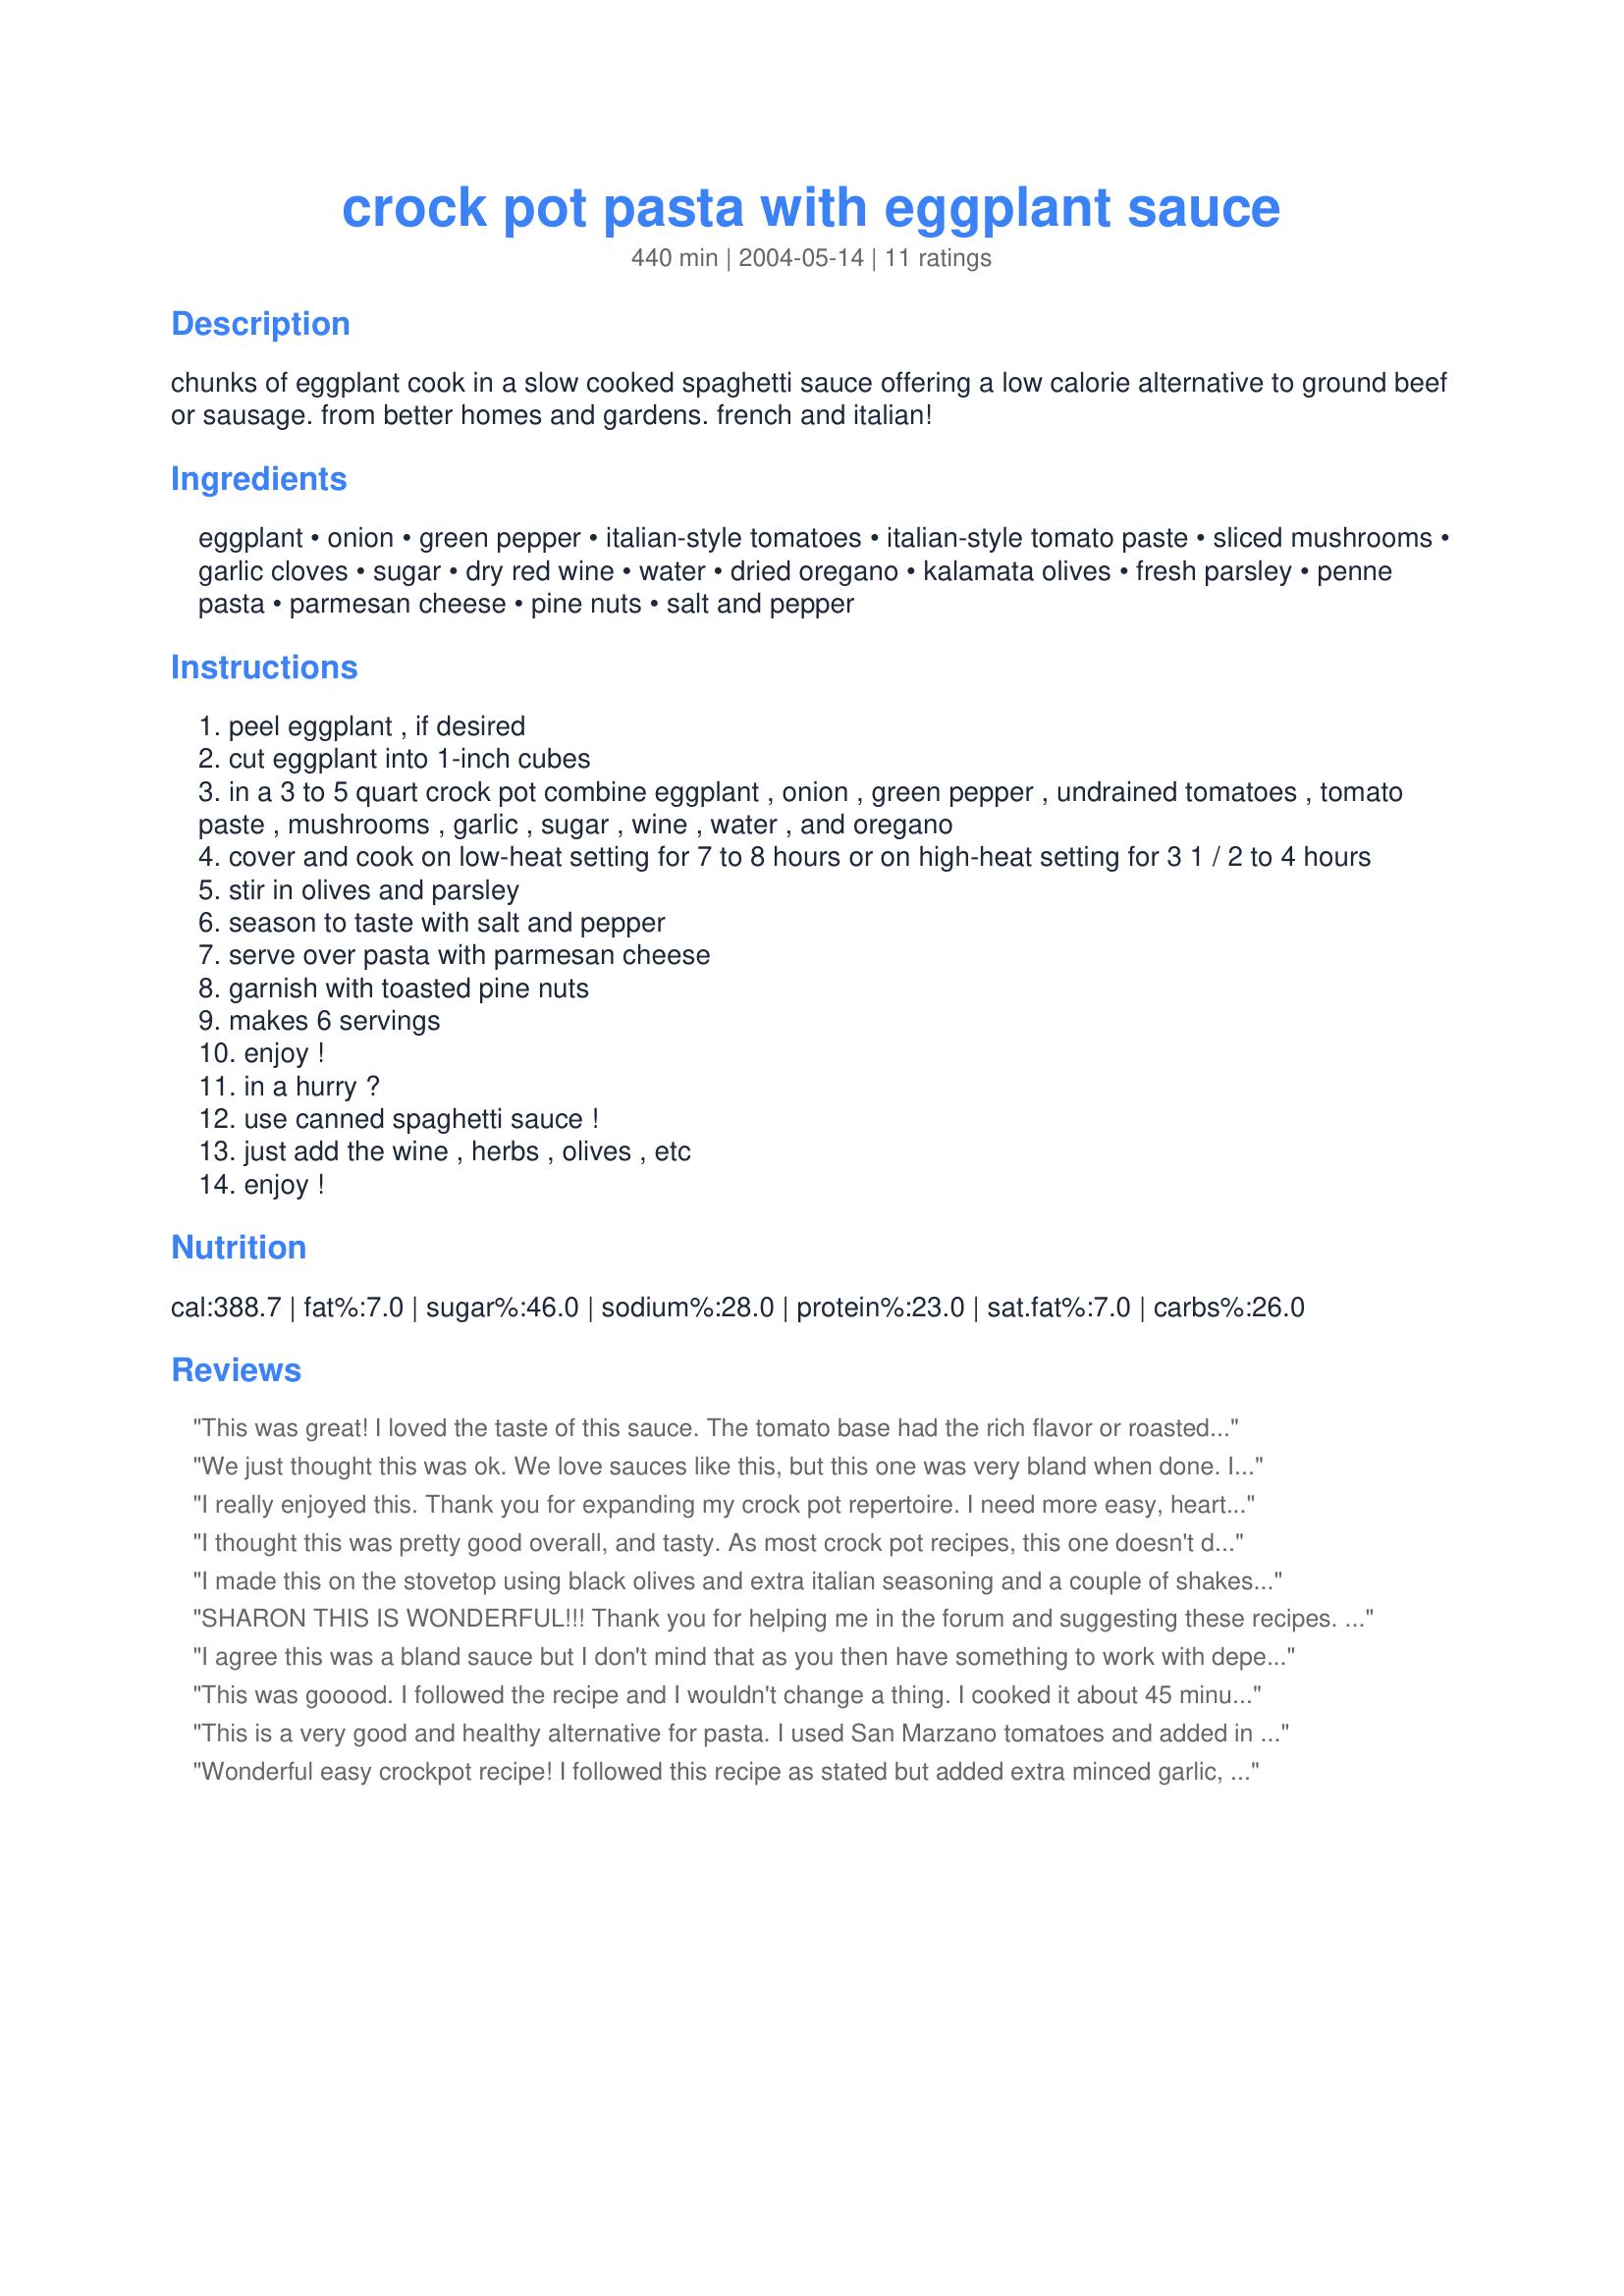
crock pot pasta with eggplant sauce
Preparation time: 440 minutes

chunks of eggplant cook in a slow cooked spaghetti sauce offering a low calorie alternative to ground beef or sausage. from better homes and gardens. french and italian!

Ingredients:
eggplant, onion, green pepper, italian-style tomatoes, italian-style tomato paste, sliced mushrooms, garlic cloves, sugar, dry red wine, water, dried oregano, kalamata olives, fresh parsley, penne pasta, parmesan cheese, pine nuts, salt and pepper

Steps:
peel eggplant , if desired
cut eggplant into 1-inch cubes
in a 3 to 5 quart crock pot combine eggplant , onion , green pepper , undrained tomatoes , tomato paste , mushrooms , garlic , sugar , wine , water , and oregano
cover and cook on low-heat setting for 7 to 8 hours or on high-heat setting for 3 1 / 2 to 4 hours
stir in olives and parsley
season to taste with salt and pepper
serve over pasta with parmesan cheese
garnish with toasted pine nuts
makes 6 servings
enjoy !
in a hurry ?
use canned spaghetti sauce !
just add the wine , herbs , olives , etc
enjoy !

Reviews:
This was great! I loved the taste of this sauce. The tomato base had the rich flavor or roasted tomatoes which I love. We added a just a little bit of vegetarian ground beef for extra protein and to make it a 1 dish vegetarian meal. We also served it on whole wheat spaghetti. Thanks for the wonderful recipe Sharon!
We just thought this was ok. We love sauces like this, but this one was very bland when done. I was able to doctor it up nicely with a bunch of different seasonings and we loved it after that. I will make it again, but will be sure to have extra stuff around to season it.
I really enjoyed this. Thank you for expanding my crock pot repertoire. I need more easy, hearty recipes like this. I actually doubled the recipe (I have a very large crock pot) and froze the leftovers for easy meals later. I did not use the green pepper. I used canned diced tomatoes, portabello mushrooms, no sugar, and a dash of red wine vinegar instead of red wine. For part of the water I used V8 juice (just for the sake of using it up). I added extra garlic and some crushed red pepper. The kalamata olives should not be omitted because they really make it good. I used nutritional yeast instead of parmesan, and did not use the pine nuts, but I think they would be good. Next time I will probably throw in some fresh basil with the parsley. I added some TVP during the last 10 minutes (while I cooked the pasta), and I'm glad I did, because it soaked up some of the extra liquid and added a little more texture and protein. My non-vegetarian husband and friend really liked it. The friend suggested adding zucchini next time. I will definitely make it again!
I thought this was pretty good overall, and tasty. As most crock pot recipes, this one doesn't disappoint when it comes to ease. I think I would like this best as a sauce in something, like a lasagna or some other baked pasta sort of dish. I love including eggplant in things, so thanks for the recipe Sharon!
I made this on the stovetop using black olives and extra italian seasoning and a couple of shakes of red pepper flakes. Very good and better the next day. I bet it's going to be great in the crockpot and I will make it again. Very good with a little parmesan over penne, thanks for a winner!
SHARON THIS IS WONDERFUL!!! Thank you for helping me in the forum and suggesting these recipes. I did sub zucchini for eggplant as that is what I had and the results are great! I left out olives as DH doesn't care for them, used Splenda instead of sugar and of course garden tomatoes instead of canned as you suggested.
The whole house smelled delicious and dinner was great. I am taking a huge portion of this on a rigatoni casserole for the potluck picnic this weekend and will update.
Oh yes, important to all others using this recipe. I made a second crock to freeze it is that delicious! Substitutions can be made with ease, 2nd crock added chunks of onions and hefty on the garlic as I like a garlic spag. sauce in the cold of winter. YUM
I agree this was a bland sauce but I don't mind that as you then have something to work with depending on who is eating it. I served half as made according to recipe and froze half after mixing cooked beef mince through it. Versatility is always a winner with me.
This was gooood. I followed the recipe and I wouldn't change a thing. I cooked it about 45 minutes longer than the recipe suggests in order to get the eggplant soft enough for our tastes. Not one complaint that our meal was vegetarian.
This is a very good and healthy alternative for pasta. I used San Marzano tomatoes and added in basil. I left out the wine. Based on the other reviews, I did add a pinch of red pepper flakes for a touch of heat. The finished product was garnished with fresh basil and freshly grated Parmesan cheese. This is something that I would not hesitate to make again.
Wonderful easy crockpot recipe! I followed this recipe as stated but added extra minced garlic, crushed red peppers, garlic powder and italian seasoning when mixing it. I forgot the parsley at the end and served this over whole wheat rotini. 6 and 8 year old loved as did my husband and I. Will definitely make again! Love eggplant dishes - especially when they're easy and done in a crockpot! Thank you!
I did enjoy this dish but based on other reviews, I added some hot sauce at the start of cooking. I left out the pinenuts (allergic) and the cheese (less calories). I added some chopped baby spinach about forty minites before serving.
